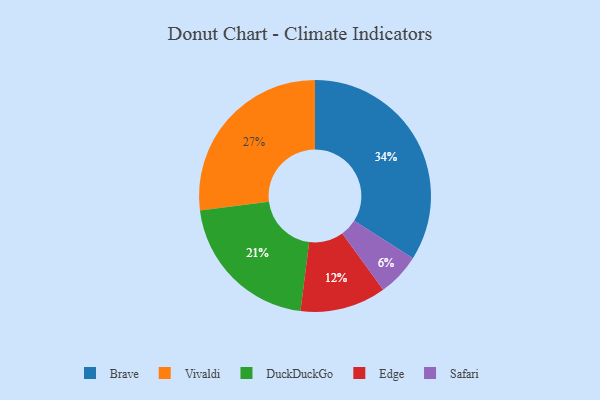
{"axis": {"x": "Category", "y": "Percentage"}, "legend": ["Brave", "DuckDuckGo", "Edge", "Safari", "Vivaldi"], "data": [{"x": "Safari", "y": 6, "type": "Safari"}, {"x": "DuckDuckGo", "y": 21, "type": "DuckDuckGo"}, {"x": "Brave", "y": 34, "type": "Brave"}, {"x": "Edge", "y": 12, "type": "Edge"}, {"x": "Vivaldi", "y": 27, "type": "Vivaldi"}]}